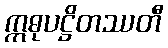
ဣဓုပဋ္ဌိတဿတီ